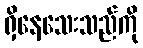
ရှိနေသေးသည်ကို